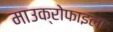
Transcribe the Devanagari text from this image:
माउक्रोफाइला